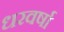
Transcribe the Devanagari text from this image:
धरवर्षा